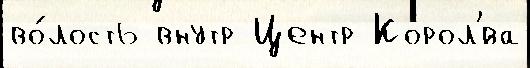
во́лость внутр Центр Корол'́ва